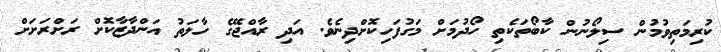
ކުރިމަތިވުމުން ސިލޯނުން ކާބޯތަކެތި ހޯދުމަށް މަގުފަހިކޮށްދިނެވެ. އަދި ރާއްޖޭގެ ހާލަތު އަންދާޒާކޮށް ރަށްރަށަށް